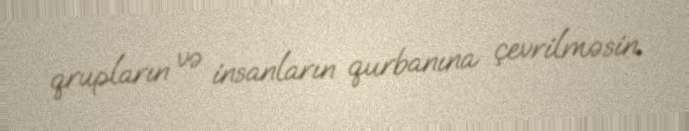
qrupların və insanların qurbanına çevrilməsin.